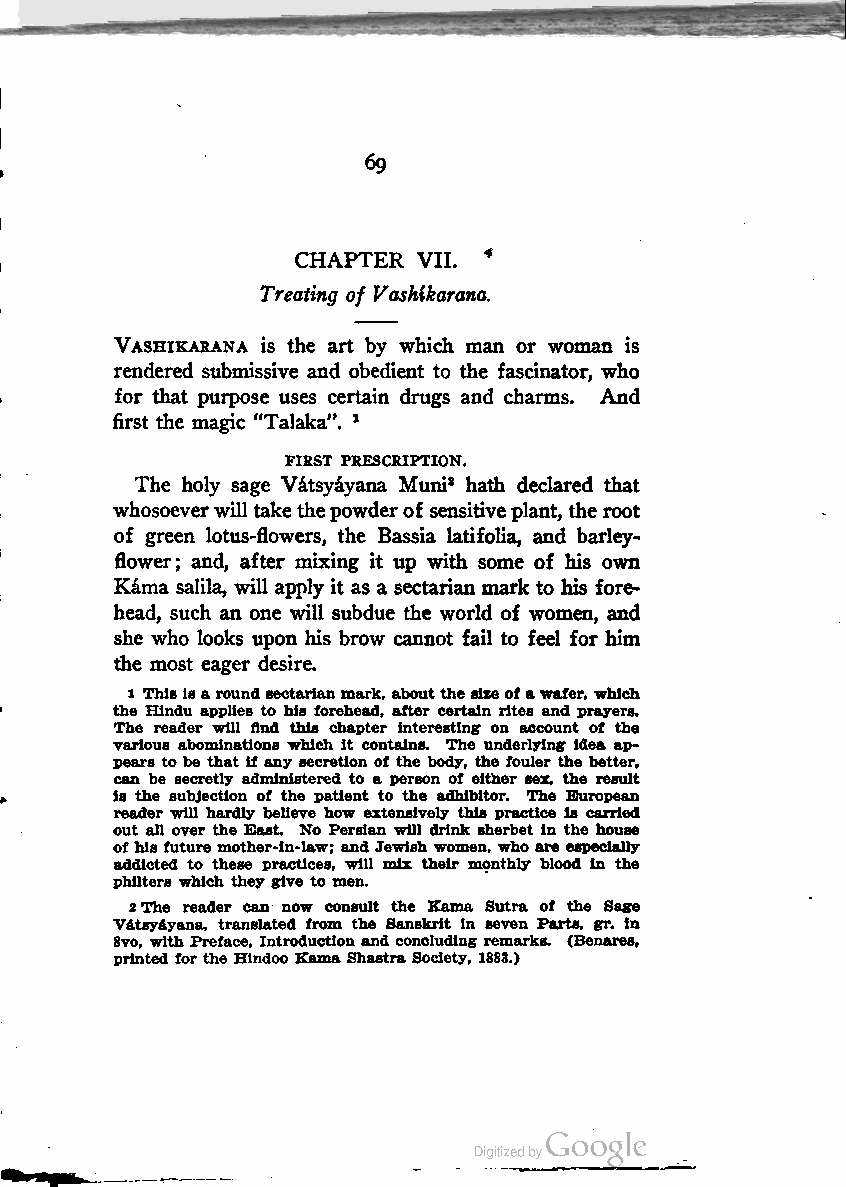
69
 CHAPTER VII. *
 Treating of Vashikarana.
 Vashikarana is the art by which man or woman is
 rendered submissive and obedient to the fascinator, who
 for that purpose uses certain drugs and charms. And
 first the magic "Talaka". 1
 FIRST PRESCRIPTION.
 The holy sage Vatsyayana Muni2 hath declared that
 whosoeverwilltakethepowderof sensitiveplant, theroot
 of green lotus-flowers, the Bassia latifolia, and barley-
 flower; and, after mixing it up with some of his own
 Kama salila, will apply it as a sectarian mark to his fore
 head, such an one will subdue the world of women, and
 she who looks upon his brow cannot fail to feel for him
 the most eager desire.
 1 Thisisaroundsectarianmark, about the sizeofawafer, which
 the Hindu applies to his forehead, after certain rites and prayers.
 The reader will find this chapter interesting on account of the
 various abominations which it contains. The underlying idea ap
 pears to be that if any secretion of the body, the fouler the better,
 can be secretly administered to a person of either sex, the result
 is the subjection of the patient to the adhibitor. The European
 reader will hardly believe how extensively this practice is carried
 out all over the East. No Persian will drink sherbet in the house
 ofhis future mother-in-law; and Jewish women, who are especially
 addicted to these practices, will mix their monthly blood in the
 philters which they give to men.
 2The reader can now consult the Kama Sutra of the Sage
 Vatsyayana, translated from the Sanskrit in seven Parts, gr. in
 8vo, with Preface, Introduction and concluding remarks. (Benares,
 printed for the Hindoo Kama Shastra Society, 1883.)